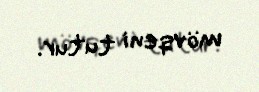
mövqeni tutur.